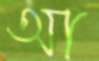
আ